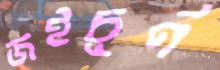
জইচূর্ণ